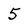
Character: 5